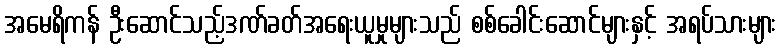
အမေရိကန် ဦးဆောင်သည့်ဒဏ်ခတ်အရေးယူမှုများသည် စစ်ခေါင်းဆောင်များနှင့် အရပ်သားများ